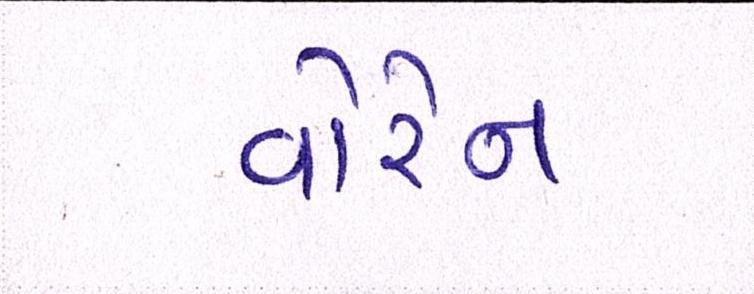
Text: વોરેન